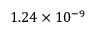
1 . 2 4 \times 1 0 ^ { - 9 }